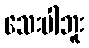
သေးပါဘူး